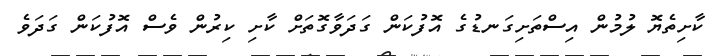
ކާށިތެޔޮ ލުމުން އިސްތަށިގަނޑުގެ އޮފުކަން ގަދަވާގޮތަށް ކާށި ކިރުން ވެސް އޮފުކަން ގަދަވެ